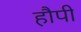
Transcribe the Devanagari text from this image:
हौपी